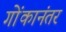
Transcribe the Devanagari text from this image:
गोंकानंतर